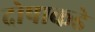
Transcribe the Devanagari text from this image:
दोषाकडे